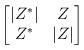
LaTeX: \begin{align*}\begin{bmatrix} |Z^*| & Z \\Z^* &|Z|\end{bmatrix} \end{align*}